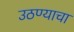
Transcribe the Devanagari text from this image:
उठण्याचा